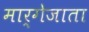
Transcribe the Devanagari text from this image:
मार्गेजाता